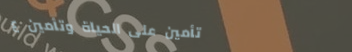
تأمين على الحياة وتأمين ع